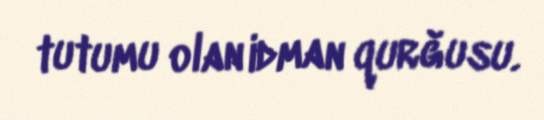
tutumu olan idman qurğusu.